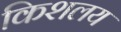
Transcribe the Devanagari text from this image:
किशलय